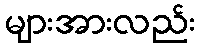
များအားလည်း